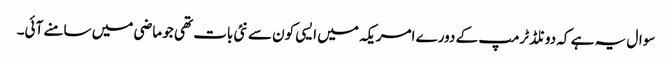
سوال یہ ہے کہ دونلڈ ٹرمپ کے دورے امریکہ میں ایسی کون سے نئی بات تھی جو ماضی میں سامنے آئی۔